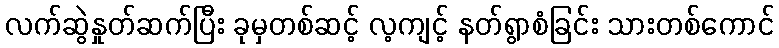
လက်ဆွဲနှုတ်ဆက်ပြီး ခုမှတစ်ဆင့် လ့ကျင့် နတ်ရွာစံခြင်း သားတစ်ကောင်